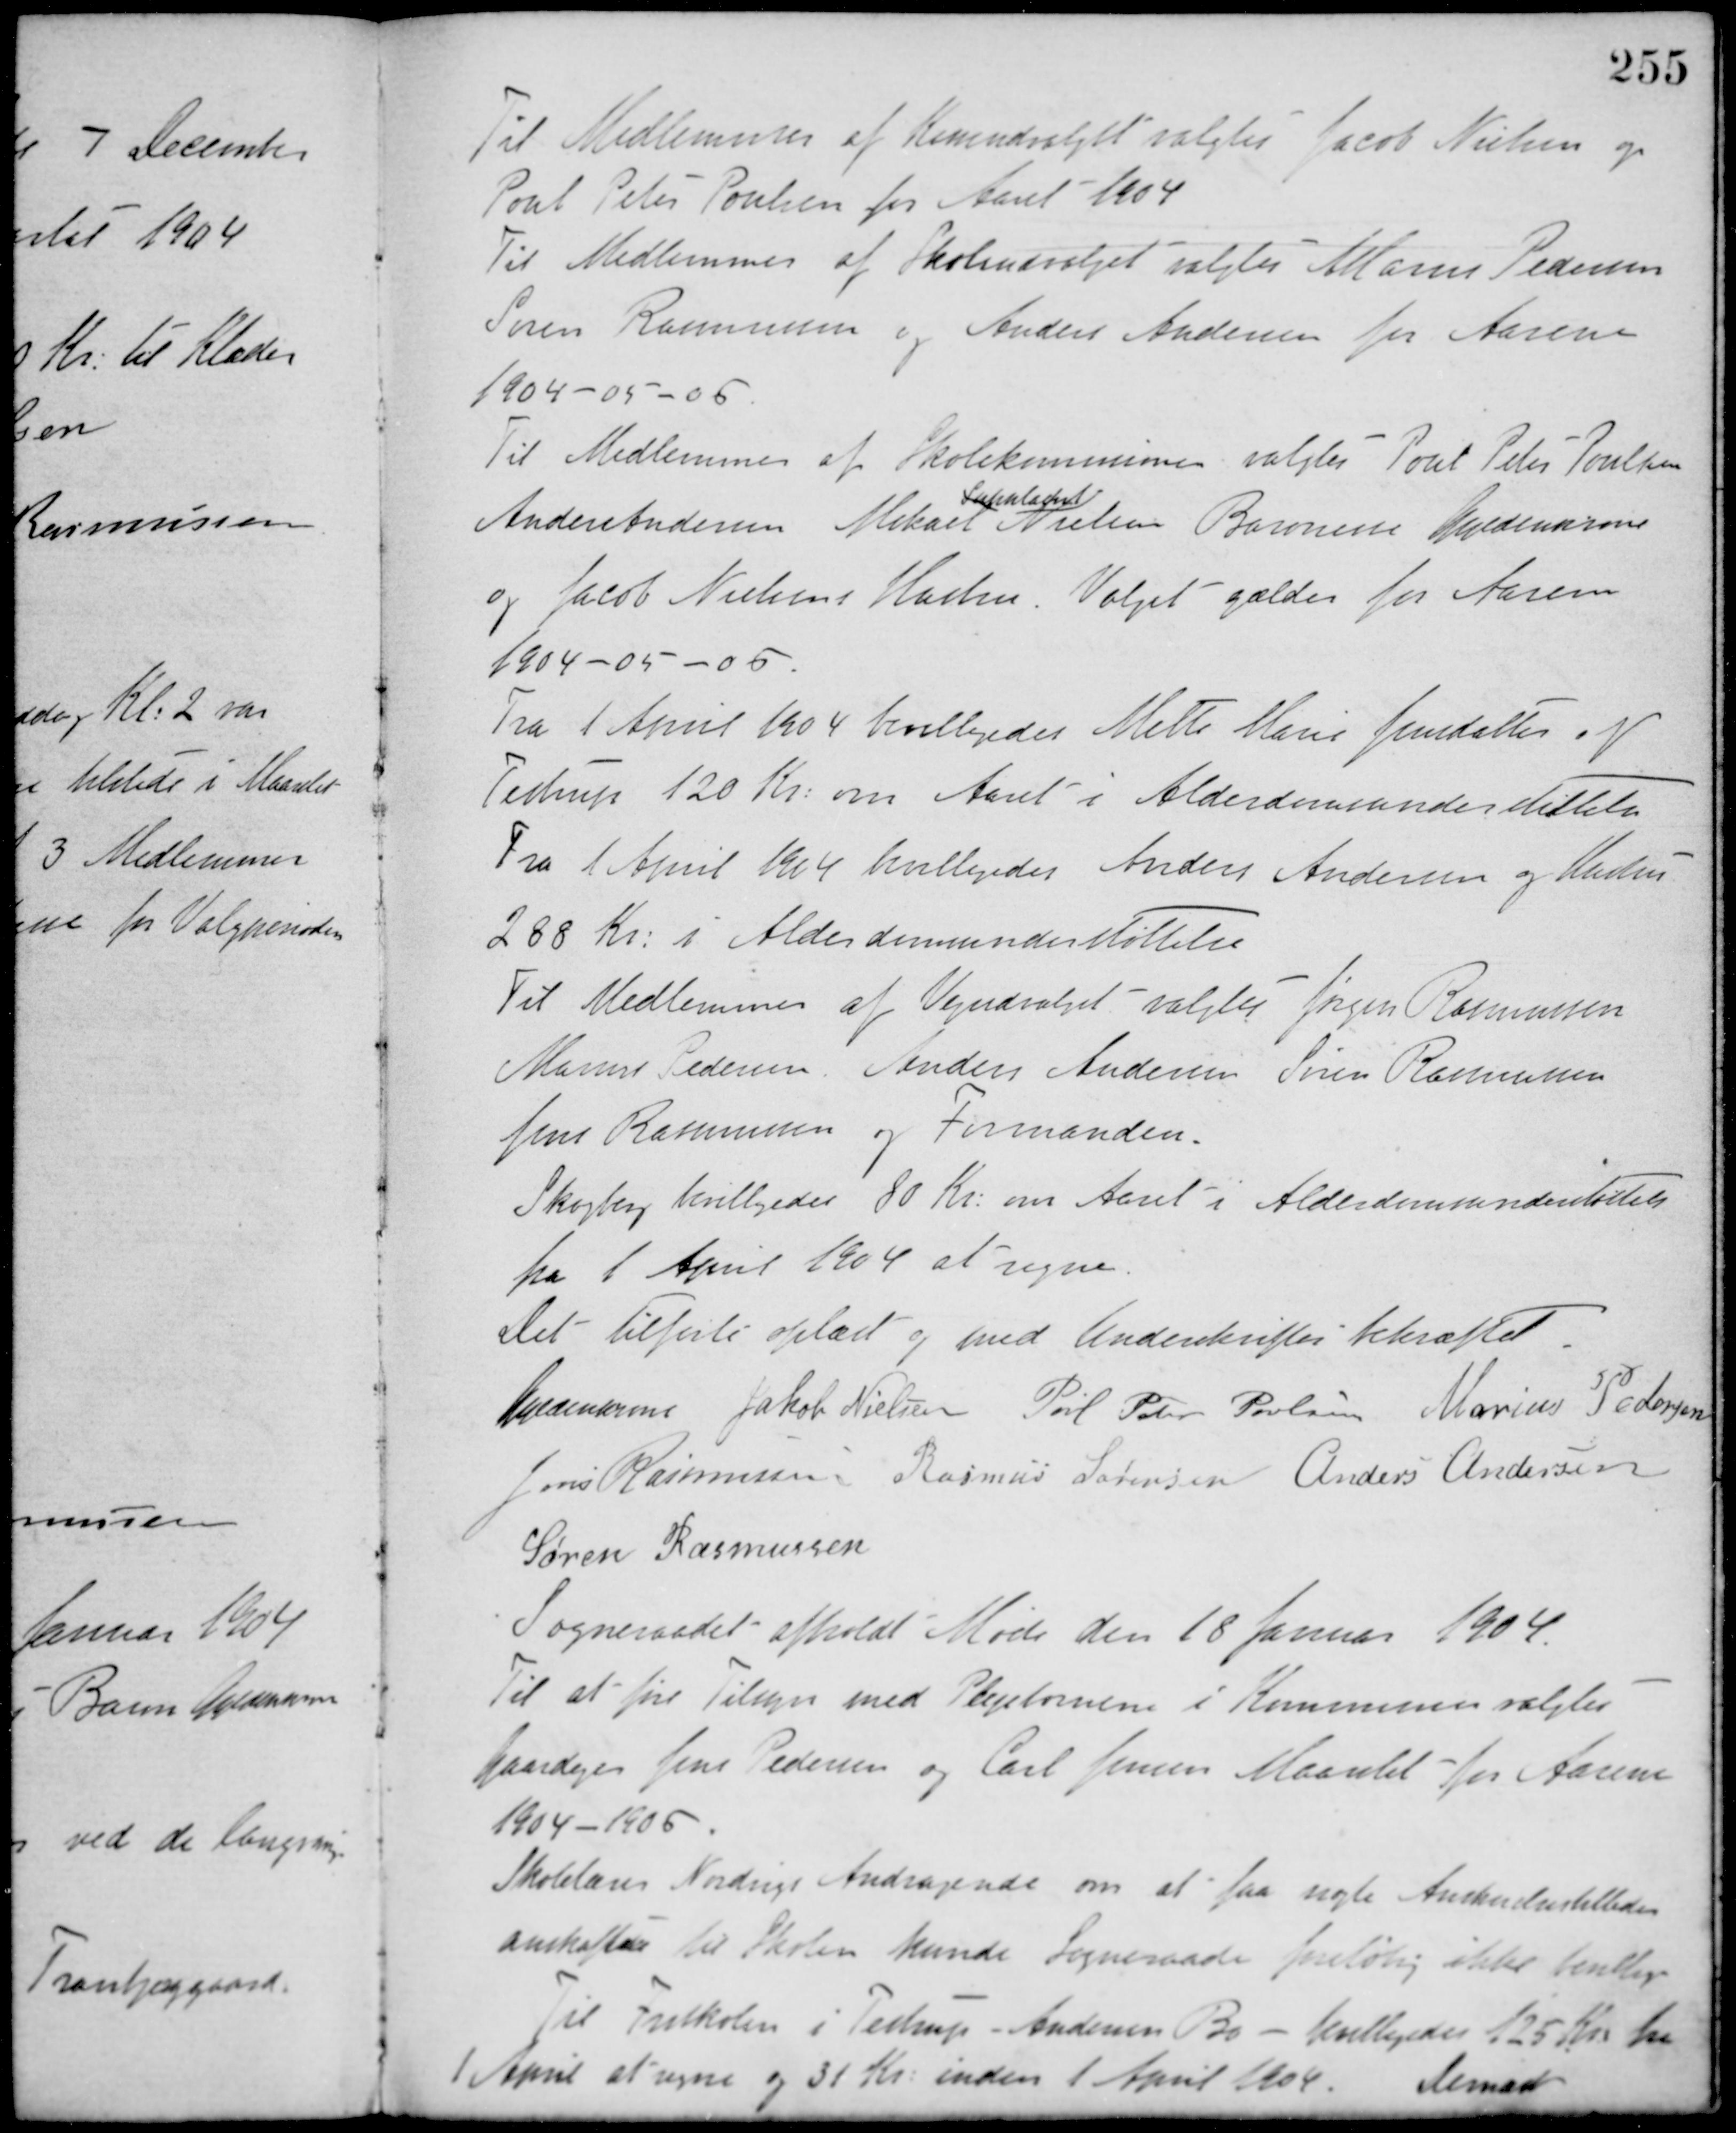
Transskription:
Til Medlemmer af Kasseudvalget valgtes Jacob Nielsen og
Poul Peter Poulsen for Aaret 1904.
Til Medlemmer af Skoleudvalget valgtes Marius Pedersen
Søren Rasmussen og Anders Andersen for Aarene
1904-05-06.
Til Medlemmer af Skolekommissionen valgtes Poul Peter Poulsen
Anders Andersen Mikael Nielsen
Suppleant
Baronesse Guldencrone
og Jacob Nielsens Hustru. Valget gælder for Aarene
1904-05-06.
Fra 1 April 1904 bevilligedes Mette Marie Jensdattes af
Testrup 120 Kr. om Aaret i Alderdomsunderstøttelse.
Fra 1 April 1904 bevilligedes Anders Andersen og Hustru
288 Kr. i Alderdomsunderstøttelse.
Til Medlemmer af Vejudvalget valgtes Jørgen Rasmussen
Marius Pedersen, Anders Andersen Søren Rasmussen
Jens Rasmussen og Formanden.
Skogberg bevilligedes 80 Kr. om Aaret i Alderdomsunderstøttelse
fra 1 April 1904 at regne.
Det tilførte oplæst og med Underskrifter bekræftet.
Guldencrone Jakob Nielsen Poul Peter Poulsen Marius Pedersen
Jens Rasmussen Rasmus Sørensen Anders Andersen
Søren Rasmussen
Sogneraadet afholdt Møde den 18 Januar 1904.
Til at føre Tilsyn med Plejebørnene i Kommunen valgtes
Gaardejer Jens Pedersen og Carl Jensen Maarslet for Aarene
1904 - 1906.
Skolelærer Nordrigs Andragende om at faa nogle Anskuelsesbilleder
anskaffet til Skolen kunde Sogneraadet foreløbig ikke bevillige.
Til Friskolen i Testrup Andersen Bo - bevilligedes 125 Kr. fra
1 April at regne og 31 Kr. inden 1 April 1904.
Dernæst